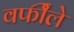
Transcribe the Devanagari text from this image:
वर्फीले